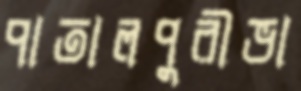
পাতালপুরীভা